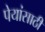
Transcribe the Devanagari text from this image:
पेयांसाठी